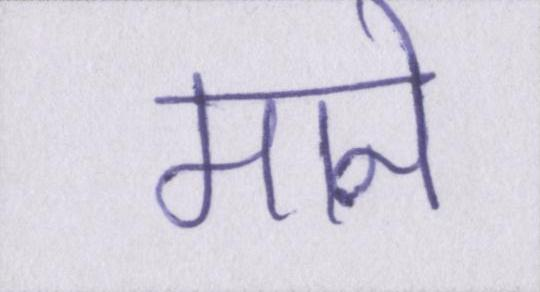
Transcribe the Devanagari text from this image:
माने